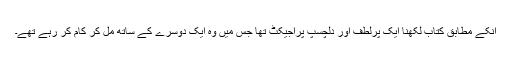
انکے مطابق کتاب لکھنا ایک پرلطف اور دلچسپ پراجیکٹ تھا جس میں وہ ایک دوسرے کے ساتھ مل کر کام کر رہے تھے۔